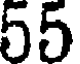
55